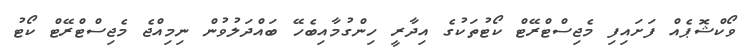
ވޯކްޝޮޕެއް ފަށައިފި މެޖިސްޓްރޭޓް ކޯޓުތަކުގެ އިދާރީ ހިންގުމާއިބެހޭ ބައްދަލުވުން ނިމިއްޖެ މެޖިސްޓްރޭޓް ކޯޓު